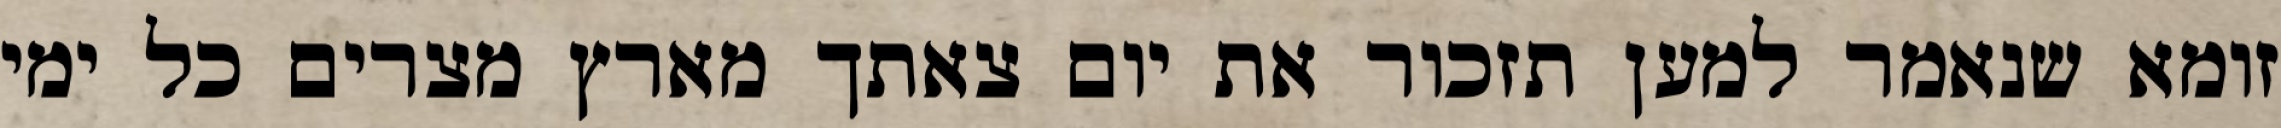
זומא שנאמר למען תזכור את יום צאתך מארץ מצרים כל ימי